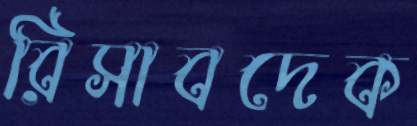
রিসাবদেক